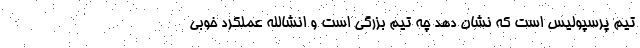
تیم پرسپولیس است که نشان دهد چه تیم بزرگی است و انشالله عملکرد خوبی